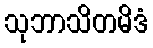
သုဘာသိတမိဒံ